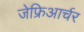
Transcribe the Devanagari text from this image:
जेफ्रिआर्चर